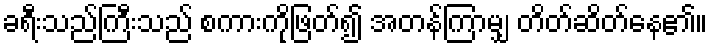
ခရီးသည်ကြီးသည် စကားကိုဖြတ်၍ အတန်ကြာမျှ တိတ်ဆိတ်နေ၏။